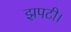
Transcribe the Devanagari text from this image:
झपटी।